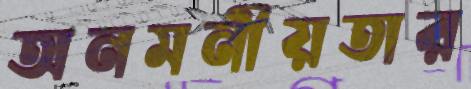
অনমনীয়তার